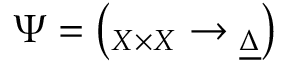
\Psi = \left( \O _ { X \times X } \to \underline { { { \O _ { \Delta } } } } \right)